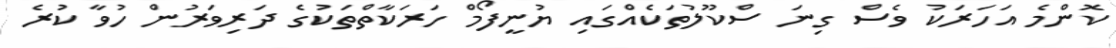
ކޮންމެ އަހަރަކު ވެސް ގިނަ ސްކޫލުތަކެއްގައި ޔުނީފޯމް ހަރަކާތްތަކުގެ ދަރިވަރުން ހުވާ ކުރެ